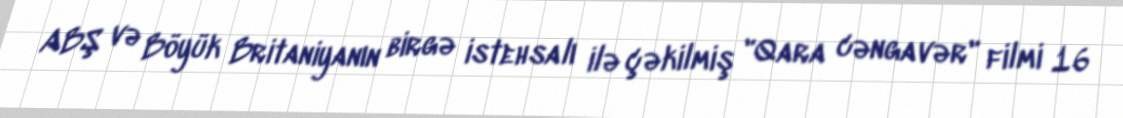
ABŞ və Böyük Britaniyanın birgə istehsalı ilə çəkilmiş "Qara cəngavər" filmi 16